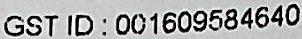
GST ID : 001609584640